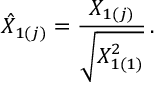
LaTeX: \hat { X } _ { 1 ( j ) } = \displaystyle { \frac { X _ { 1 ( j ) } } { \sqrt { X _ { 1 ( 1 ) } ^ { 2 } } } } \, .